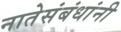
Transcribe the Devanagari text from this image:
नातेसंबंधांनी